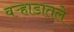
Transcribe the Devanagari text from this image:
वऱ्हाडातले